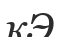
кЭ